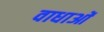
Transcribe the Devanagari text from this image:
वाधाओं